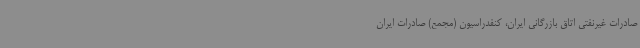
صادرات غیرنفتی اتاق بازرگانی ایران، کنفدراسیون (مجمع) صادرات ایران